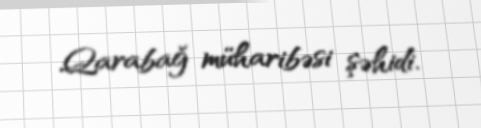
Qarabağ müharibəsi şəhidi.